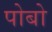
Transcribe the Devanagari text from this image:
पोबो